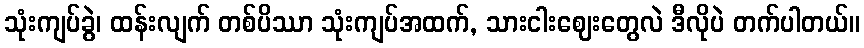
သုံးကျပ်ခွဲ၊ ထန်းလျက် တစ်ပိဿာ သုံးကျပ်အထက်, သားငါးဈေးတွေလဲ ဒီလိုပဲ တက်ပါတယ်။